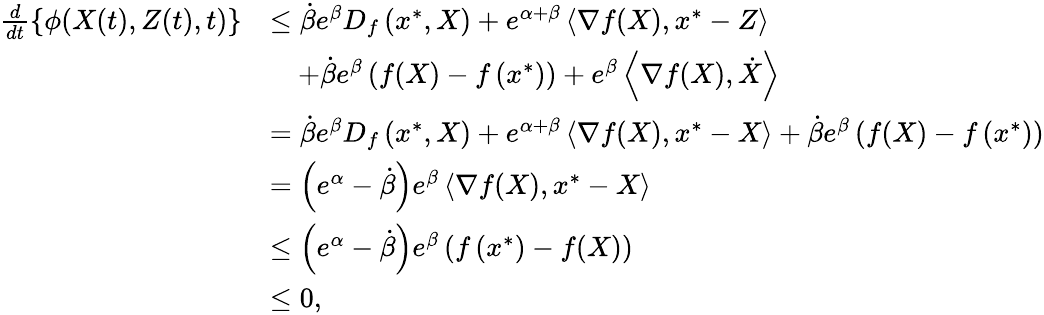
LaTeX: \begin{array}{rl}{\frac{d}{dt}\left\{ \phi(X(t),Z(t),t)\right\} }&{\leq\dot{\beta}e^{\beta}D_{f}\left(x^{*},X\right)+e^{\alpha+\beta}\left\langle\nabla f(X),x^{*}-Z\right\rangle}\\ &{\quad+\dot{\beta}e^{\beta}\left(f(X)-f\left(x^{*}\right)\right)+e^{\beta}\left\langle\nabla f(X),\dot{X}\right\rangle}\\ &{=\dot{\beta}e^{\beta}D_{f}\left(x^{*},X\right)+e^{\alpha+\beta}\left\langle\nabla f(X),x^{*}-X\right\rangle+\dot{\beta}e^{\beta}\left(f(X)-f\left(x^{*}\right)\right)}\\ &{=\left(e^{\alpha}-\dot{\beta}\right)e^{\beta}\left\langle\nabla f(X),x^{*}-X\right\rangle}\\ &{\leq\left(e^{\alpha}-\dot{\beta}\right)e^{\beta}\left(f\left(x^{*}\right)-f(X)\right)}\\ &{\leq 0,}\end{array}